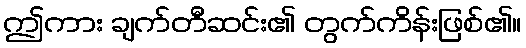
ဤကား ချက်တီဆင်း၏ တွက်ကိန်းဖြစ်၏။